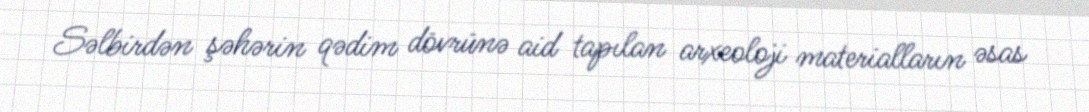
Səlbirdən şəhərin qədim dövrünə aid tapılan arxeoloji materialların əsas